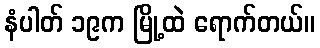
နံပါတ် ၁၉က မြို့ထဲ ရောက်တယ်။